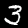
Digit: 3